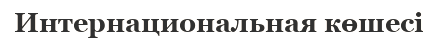
Интернациональная көшесі